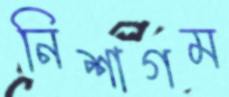
নিশাগম